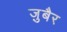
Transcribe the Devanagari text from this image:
जु़बैर